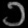
Digit: ၁